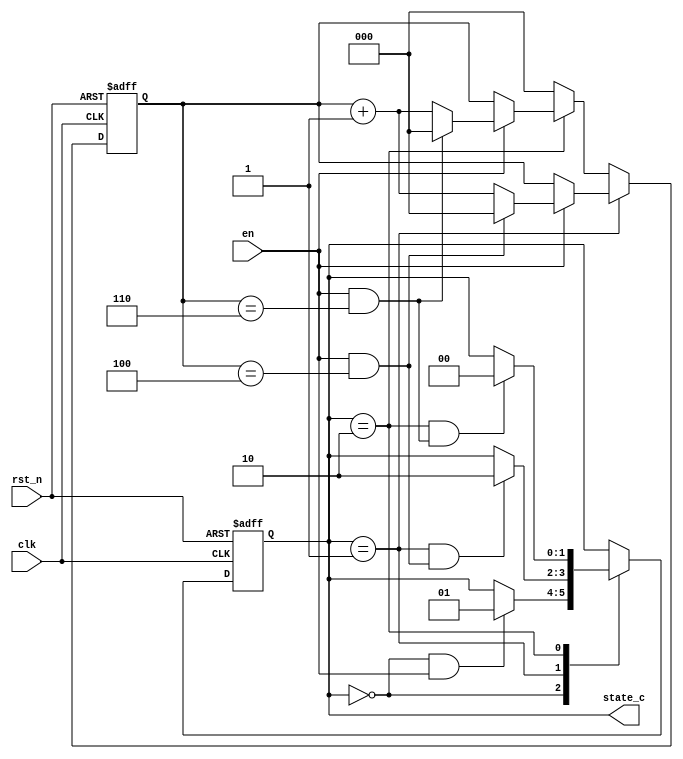
module statecounter(
    clk    ,
    rst_n  ,
    en     ,

    state_c
    );

    parameter      IDLE =         2'B00;
    parameter      S1   =         2'B01;
    parameter      S2   =         2'B10;

    input               clk    ;
    input               rst_n  ;
    input               en     ;

    output[1:0]  state_c   ;

    reg   [1:0]  state_c   ;
    reg   [1:0]  state_n   ;
    reg   [2:0]  cnt       ;

    wire         idl2s1_start;
    wire         s12s2_start;
    wire         s22idl_start;
    wire         add_cnt;
    wire         end_cnt1;
    wire         end_cnt2;


    always@(posedge clk or negedge rst_n)begin
        if(!rst_n)begin
            state_c <= IDLE;
        end
        else begin
            state_c <= state_n;
        end
    end

    always@(*)begin
        case(state_c)
            IDLE:begin
                if(idl2s1_start)begin
                    state_n = S1;
                end
                else begin
                    state_n = state_c;
                end
            end
            S1:begin
                if(s12s2_start)begin
                    state_n = S2;
                end
                else begin
                    state_n = state_c;
                end
            end
            S2:begin
                if(s22idl_start)begin
                    state_n = IDLE;
                end
                else begin
                    state_n = state_c;
                end
            end
            default:begin
                state_n = state_c;
            end
        endcase
    end                         
    
    assign idl2s1_start  = state_c==IDLE && en == 1;
    assign s12s2_start = state_c==S1    && end_cnt1;
    assign s22idl_start  = state_c==S2    && end_cnt2;

    always @(posedge clk or negedge rst_n)begin
        if(!rst_n)begin
            cnt <= 0;
        end
        else if(state_c == S1)begin
            if(add_cnt) begin
                if(end_cnt1)
                    cnt <= 0;
                else
                    cnt <= cnt + 1;
            end
        end
		  else if(state_c == S2) begin
            if(add_cnt) begin
                if(end_cnt2)
                    cnt <= 0;
                else
                    cnt <= cnt + 1;
            end			
		  end
		  else begin
				cnt <= 0;
		  end
    end    

    assign add_cnt =  en == 1 ;       
    assign end_cnt1 = add_cnt && cnt == 5-1;   
    assign end_cnt2 = add_cnt && cnt == 7-1;

    endmodule